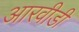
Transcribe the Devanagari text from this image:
आरवीडी